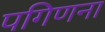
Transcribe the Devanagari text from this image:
पगिणना